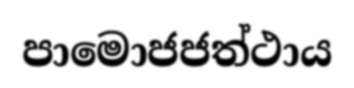
පාමොජජත්ථාය